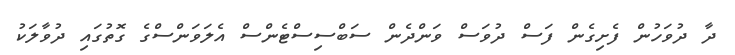
ދާ ދުވަހުން ފެށިގެން ފަސް ދުވަސް ވަންދެން ސަބްސިސްޓެންސް އެލަވަންސްގެ ގޮތުގައި ދުވާލަކު